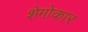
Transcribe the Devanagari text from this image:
शेगोकार